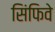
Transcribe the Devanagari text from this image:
सिंफिवे